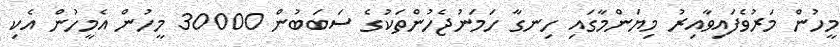
މީހުން މަރުުވެފައިވާއިރު މިޔަންމާގައި ހިނގާ ހަމަނުޖެހުންތަކުގެ ސަބަބުން 30000 މީހުން އެމީހުން އެކި